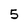
Character: 5